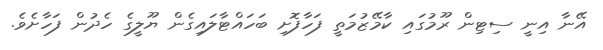
އޭނާ އިނީ ސިޓިން ރޫމުގައި ކާމޭޒުމަތީ ފަހާފޮށި ބަހައްޓާލައިގެން ޔޫލީގެ ހެދުން ފަހާށެވެ.